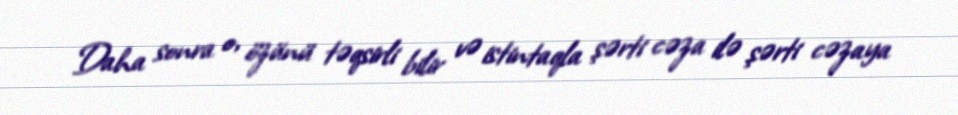
Daha sonra o, özünü təqsirli bilir və istintaqla şərti cəza ilə şərti cəzaya